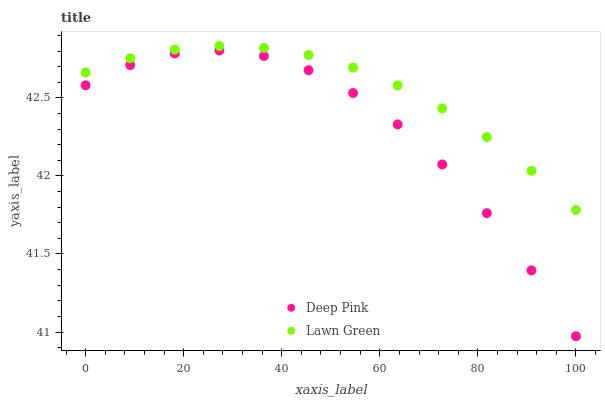
| xaxis_label | Deep Pink | Lawn Green |
 | --- | --- | --- |
 | 0 | 42.6 | 42.7 |
 | 9.09 | 42.7 | 42.8 |
 | 18.2 | 42.8 | 42.8 |
 | 27.3 | 42.8 | 42.8 |
 | 36.4 | 42.8 | 42.8 |
 | 45.5 | 42.7 | 42.8 |
 | 54.5 | 42.5 | 42.7 |
 | 63.6 | 42.3 | 42.6 |
 | 72.7 | 42.1 | 42.4 |
 | 81.8 | 41.8 | 42.2 |
 | 90.9 | 41.4 | 42 |
 | 100 | 41 | 41.8 |